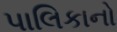
પાલિકાનો